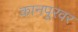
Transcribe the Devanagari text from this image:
कानपूरवर